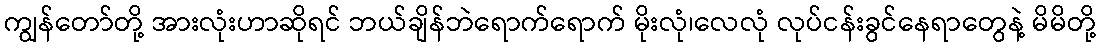
ကျွန်တော်တို့ အားလုံးဟာဆိုရင် ဘယ်ချိန်ဘဲရောက်ရောက် မိုးလုံ၊လေလုံ လုပ်ငန်းခွင်နေရာတွေနဲ့ မိမိတို့